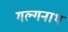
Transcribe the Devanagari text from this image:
गल्गनाथ